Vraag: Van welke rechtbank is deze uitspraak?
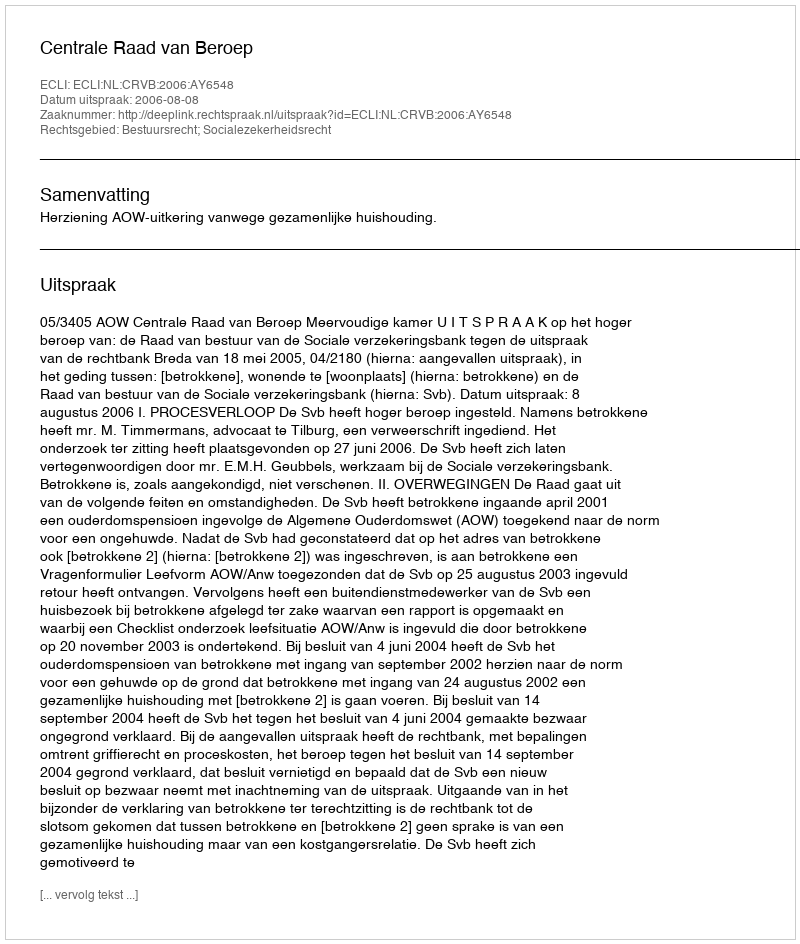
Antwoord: Centrale Raad van Beroep